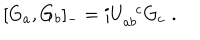
[ G _ { a } , G _ { b } ] _ { - } = i U _ { a b } ^ { \; \; c } G _ { c } \, \, .